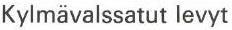
Kylmävalssatut levyt